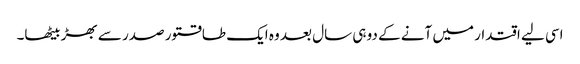
اسی لیے اقتدار میں آنے کے دو ہی سال بعد وہ ایک طاقتور صدر سے بھڑ بیٹھا۔